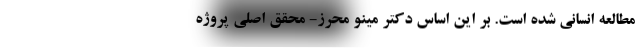
مطالعه انسانی شده است. بر این اساس دکتر مینو محرز- محقق اصلی پروژه